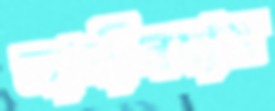
জামীনদার